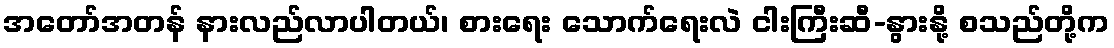
အတော်အတန် နားလည်လာပါတယ်၊ စားရေး သောက်ရေးလဲ ငါးကြီးဆီ-နွားနို့ စသည်တို့က